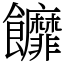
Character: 䭩